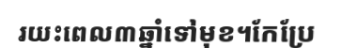
រយះពេល៣ឆ្នាំទៅមុខ។កែប្រែ